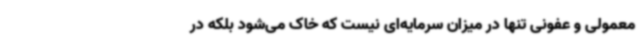
معمولی و عفونی تنها در میزان سرمایه‌ای نیست که خاک می‌شود بلکه در